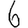
Digit: 6